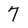
Character: 7